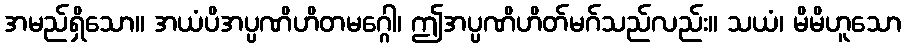
အမည်ရှိသော။ အယံပိအပ္ပဏိဟိတမဂ္ဂေါ၊ ဤအပ္ပဏိဟိတ်မဂ်သည်လည်း။ သယံ၊ မိမိဟူသော